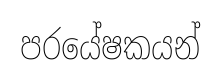
පරයේෂකයන්